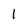
Character: l